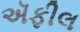
ઍફીલ